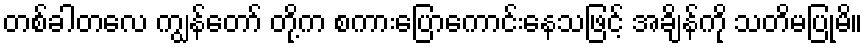
တစ်ခါတလေ ကျွန်တော် တို့က စကားပြောကောင်းနေသဖြင့် အချိန်ကို သတိမပြုမိ။